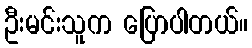
ဦးမင်းသူက ပြောပါတယ်။